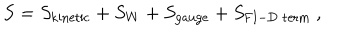
LaTeX: S = S _ { \mathrm { k i n e t i c } } + S _ { W } + S _ { \mathrm { g a u g e } } + S _ { \mathrm { F I - D \ t e r m } } ~ ,